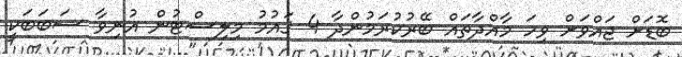
ބޮޑަށް ޖައްވަށް ވިހަ މާއްދާތައް ބޭރުކުރަމުންދާ 4 ޤައުމު މިލިސްޓުން އުނިވާ ސަބަބަކީ